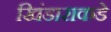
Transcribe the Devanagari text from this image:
खिंडाराकडे